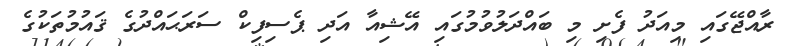
ރާއްޖޭގައި މިއަދު ފެށި މި ބައްދަލުވުމުގައި އޭޝިއާ އަދި ޕެސިފިކް ސަރަޙައްދުގެ ޤައުމުތަކުގެ